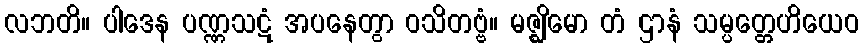
လဘတိ။ ပါဒေန ပဏ္ဏသဋံ အပနေတွာ ဝသိတဗ္ဗံ။ မဇ္ဈိမော တံ ဌာနံ သမ္ပတ္တေဟိယေဝ